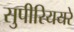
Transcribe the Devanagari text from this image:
सुपीरिययरे